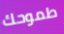
طموحك